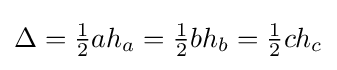
\Delta ={\tfrac {1}{2}}ah_{a}={\tfrac {1}{2}}bh_{b}={\tfrac {1}{2}}ch_{c}